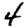
Digit: 4